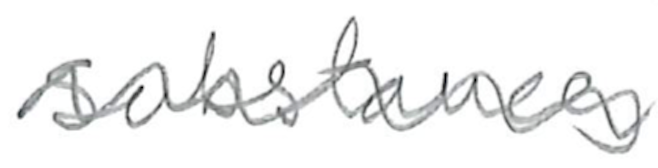
Text: Substances
Cross-out: mix
Writing tool: pencil